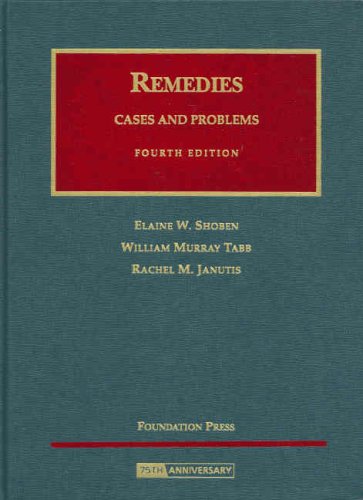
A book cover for Remedies, Cases and Problems (University Casebook Series); Elaine W. Shoben; Law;